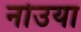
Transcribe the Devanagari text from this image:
नोउया